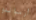
أرماندو